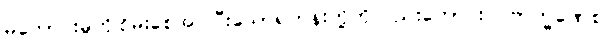
မကောင်းမှုကိုငြိမ်းစေအပ်ပြီးသောရဟန်းတို့ကိုလည်းကောင်း။ ဗြာဟ္မဏေစ၊